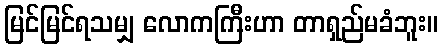
မြင်မြင်ရသမျှ လောကကြီးဟာ တာရှည်မခံဘူး။